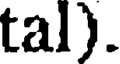
tal).